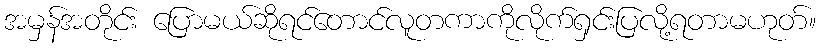
အမှန်အတိုင်း ပြောမယ်ဆိုရင်တောင်လူတကာကိုလိုက်ရှင်းပြလို့ရတာမဟုတ်။